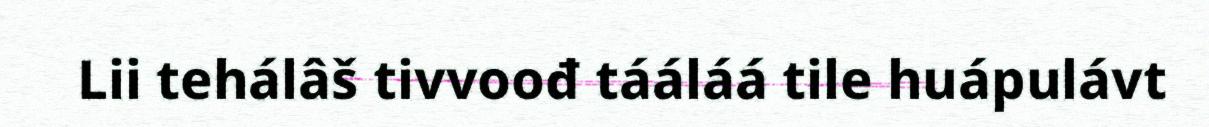
Lii tehálâš tivvoođ tááláá tile huápulávt